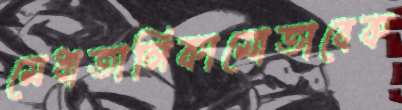
মেধাতালিকামোতাবেক